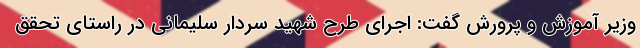
وزیر آموزش و پرورش گفت: اجرای طرح شهید سردار سلیمانی در راستای تحقق